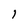
Character: I